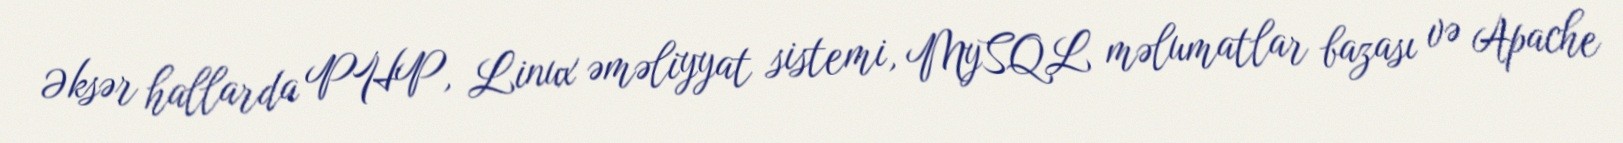
Əksər hallarda PHP, Linux əməliyyat sistemi, MySQL məlumatlar bazası və Apache